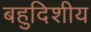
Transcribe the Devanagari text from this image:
बहुदिशीय